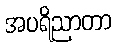
အပရိညာတာ